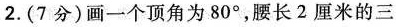
2.(7分)画一个顶角为80°，腰长2厘米的三